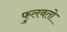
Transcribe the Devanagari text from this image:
फुलवतो